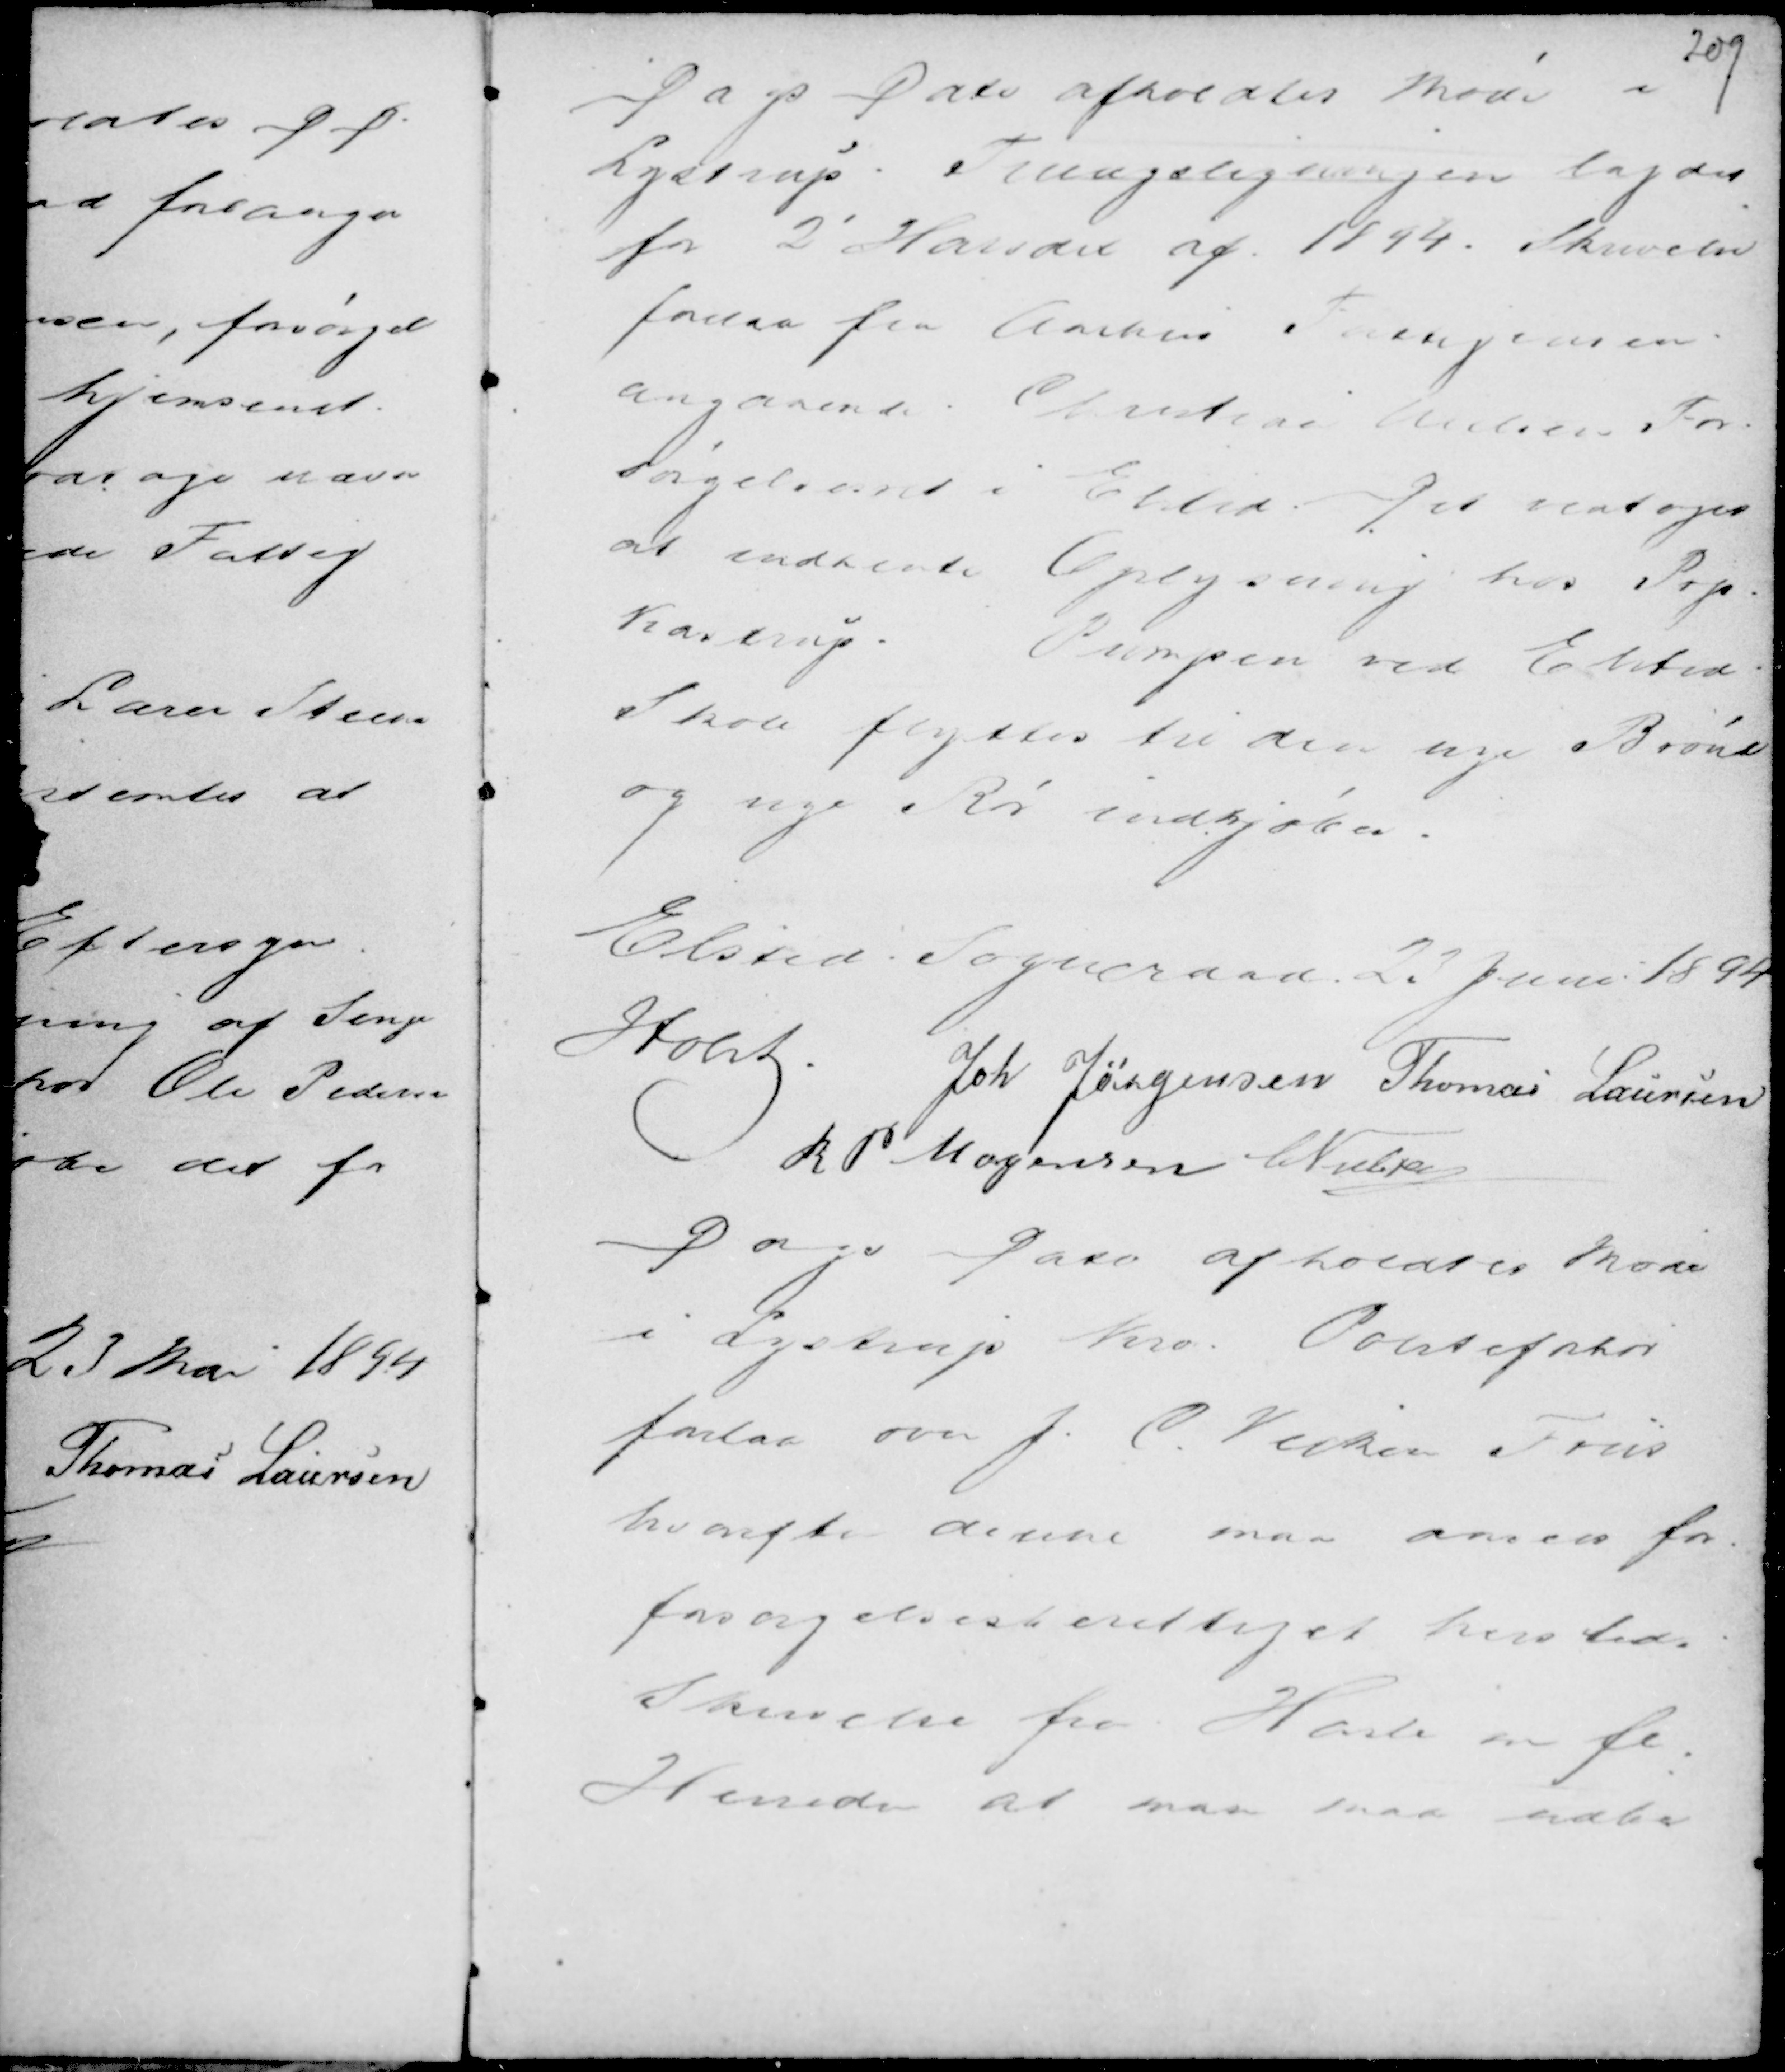
Transskription:
Dags Dato afholdtes Møde i
Lystrup. Tillægsligningen lagdes
for 2' Halvaar af 1894. Skrivelse
forelaa fra Aarhus For........gensen
angaaende Christian Nielsens For-
sørgelsesret i Elsted. Det vedtoges
at indhente Oplysning hos Prp.
Kastrup. Pumpen ved Elsted
Skole flyttes til den nye Brønd
og nye Rør indkjøbes.

Elsted Sogneraad 23 Juni 1894
Holst .
Joh Jørgensen Thomas Laursen
R P Mogensen C Nielsen

Dags Dato afholdtes Møde
i Lystrup Kro. Politiforhør
forelaa om J. C V..... Friis
hvorefter denne maa anses for
forsørgelsesberettiget hersteds.
Skrivelse fra Hasle m fl.
Herreder at man maa udbe